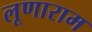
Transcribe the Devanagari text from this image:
लूणाराम